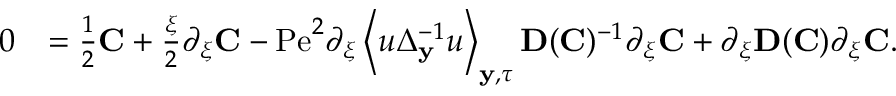
\begin{array} { r l } { 0 } & { = \frac { 1 } { 2 } \mathbf { C } + \frac { \xi } { 2 } \partial _ { \xi } \mathbf { C } - \mathrm { P e } ^ { 2 } \partial _ { \xi } \left\langle u \Delta _ { \mathbf { y } } ^ { - 1 } u \right\rangle _ { \mathbf { y } , \tau } \mathbf { D } ( \mathbf { C } ) ^ { - 1 } \partial _ { \xi } \mathbf { C } + \partial _ { \xi } \mathbf { D } ( \mathbf { C } ) \partial _ { \xi } \mathbf { C } . } \end{array}